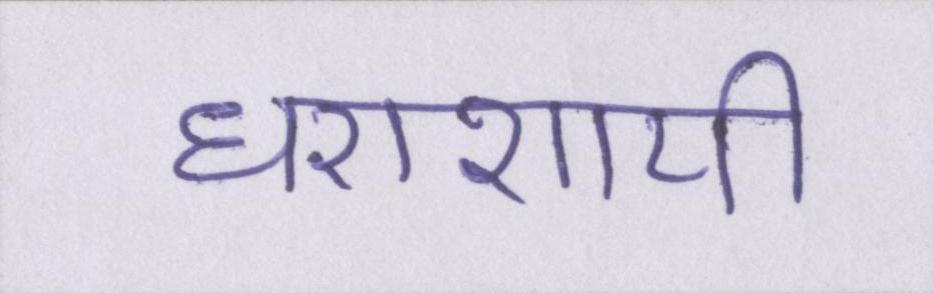
धराशायी